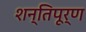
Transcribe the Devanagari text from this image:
शन्तिपूर्ण